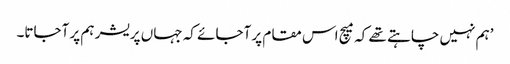
’ہم نہیں چاہتے تھے کہ میچ اس مقام پر آجائے کہ جہاں پریشر ہم پر آجاتا۔